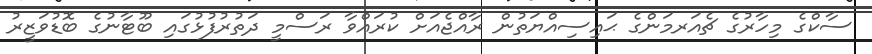
ސާކްގެ މިހާރުގެ ޗެއަރމަންގެ ޙައިސިއްޔަތުން ރާއްޖެއަށް ކުރައްވާ ރަސްމީ ދަތުރުފުޅުގައި ބޫޓާނުގެ ބޮޑުވަޒީރު